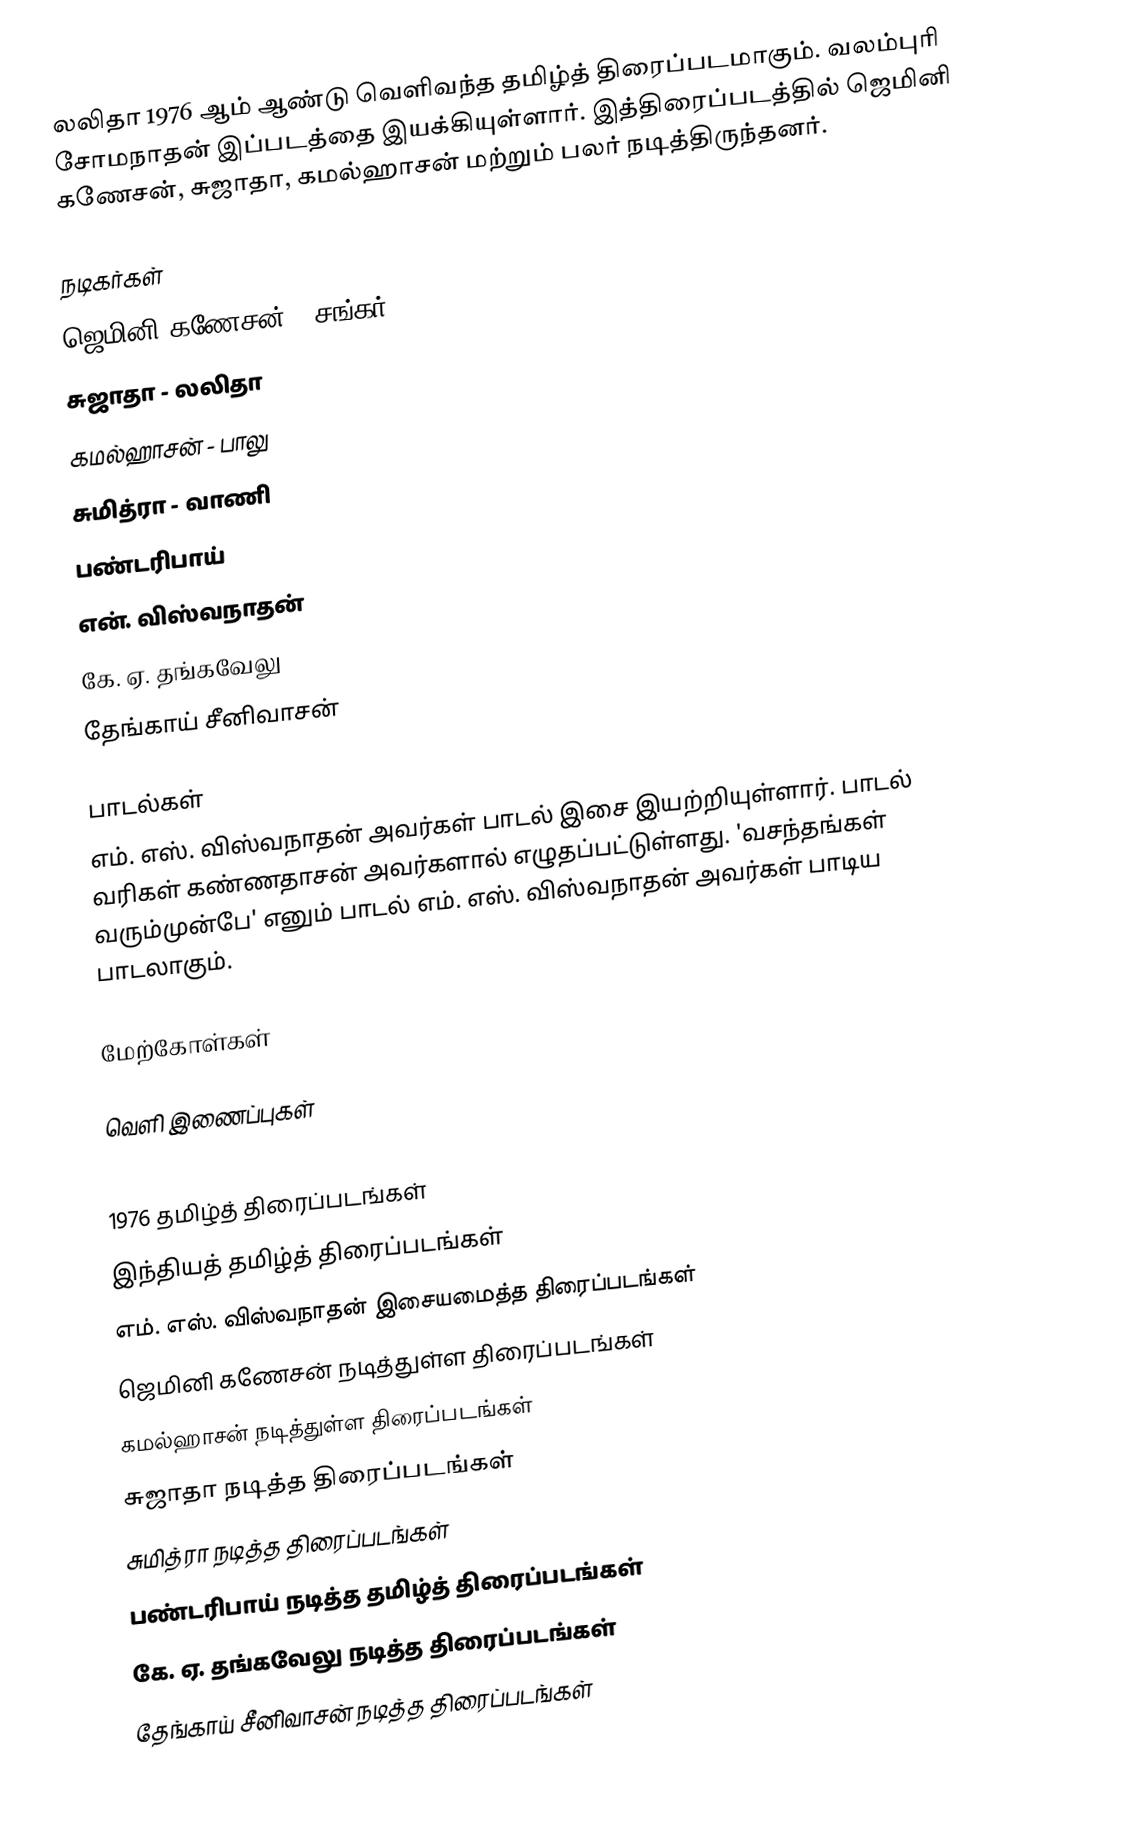
லலிதா 1976 ஆம் ஆண்டு வெளிவந்த தமிழ்த் திரைப்படமாகும். வலம்புரி சோமநாதன் இப்படத்தை இயக்கியுள்ளார். இத்திரைப்படத்தில் ஜெமினி கணேசன், சுஜாதா, கமல்ஹாசன் மற்றும் பலர் நடித்திருந்தனர்.

நடிகர்கள்
 ஜெமினி கணேசன் - சங்கர்
 சுஜாதா - லலிதா
 கமல்ஹாசன் - பாலு
 சுமித்ரா - வாணி
 பண்டரிபாய்
 என். விஸ்வநாதன்
 கே. ஏ. தங்கவேலு
 தேங்காய் சீனிவாசன்

பாடல்கள்
எம். எஸ். விஸ்வநாதன் அவர்கள் பாடல் இசை இயற்றியுள்ளார். பாடல் வரிகள் கண்ணதாசன் அவர்களால் எழுதப்பட்டுள்ளது. 'வசந்தங்கள் வரும்முன்பே' எனும் பாடல் எம். எஸ். விஸ்வநாதன் அவர்கள் பாடிய பாடலாகும்.

மேற்கோள்கள்

வெளி இணைப்புகள்

1976 தமிழ்த் திரைப்படங்கள்
இந்தியத் தமிழ்த் திரைப்படங்கள்
எம். எஸ். விஸ்வநாதன் இசையமைத்த திரைப்படங்கள்
ஜெமினி கணேசன் நடித்துள்ள திரைப்படங்கள்
கமல்ஹாசன் நடித்துள்ள திரைப்படங்கள்
சுஜாதா நடித்த திரைப்படங்கள்
சுமித்ரா நடித்த திரைப்படங்கள்
பண்டரிபாய் நடித்த தமிழ்த் திரைப்படங்கள்
கே. ஏ. தங்கவேலு நடித்த திரைப்படங்கள்
தேங்காய் சீனிவாசன் நடித்த திரைப்படங்கள்